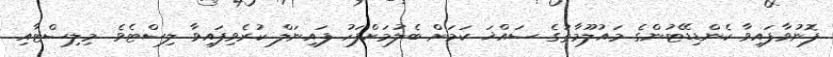
ފޮނުވާފައިވާ ކެންޑިޑޭޓުންގެ މައުލޫމާތުގެ ސައްޚަ ކަމަށް ބެލުމަށްފަހު ފައިނަލް ކުރެވިފައިވާ ލިސްޓެވެ. މިލިސްޓާއި